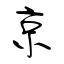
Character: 京